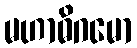
မဟာဓိဂမော